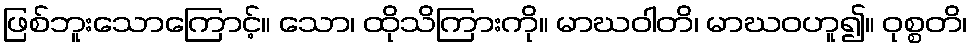
ဖြစ်ဘူးသောကြောင့်။ သော၊ ထိုသိကြားကို။ မာဃဝါတိ၊ မာဃဝဟူ၍။ ဝုစ္စတိ၊